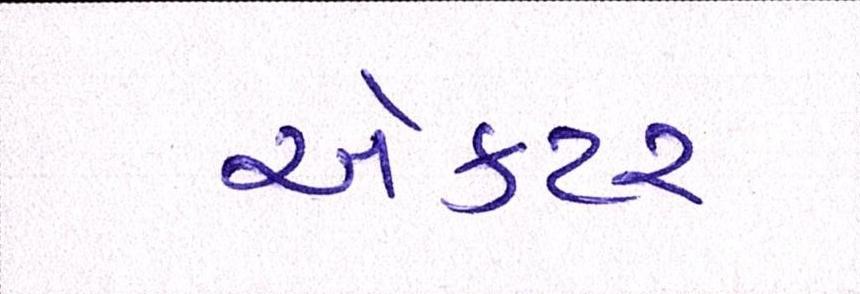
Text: ઍક્ટર